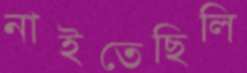
নাইতেছিলি